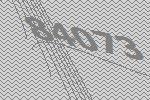
84073